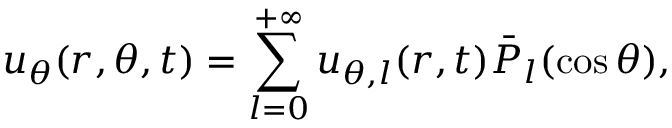
u _ { \theta } ( r , \theta , t ) = \sum _ { l = 0 } ^ { + \infty } u _ { \theta , l } ( r , t ) \bar { P } _ { l } ( \cos \theta ) ,